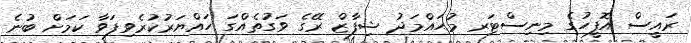
ރައީސް އޮފީހުގެ މިނިސްޓަރ މުޙައްމަދު ޝިފާޒް ރޭގެ ވަގުތެއްގަ ހައްޔަރުކުރެވިފަވާ ކަމަށް ބުނެ